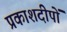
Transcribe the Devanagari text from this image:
प्रकाशदीपों